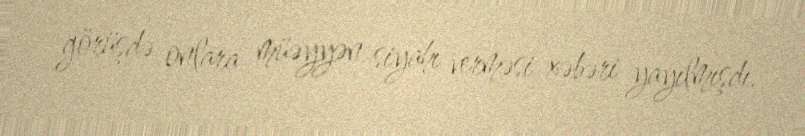
görüşdə onlara müəyyən siyahı verməsi xəbəri yayılmışdı.